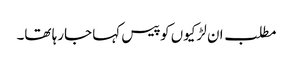
مطلب ان لڑکیوں کو پیس کہا جارہا تھا۔